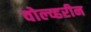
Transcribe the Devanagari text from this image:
वोल्व्हरीन